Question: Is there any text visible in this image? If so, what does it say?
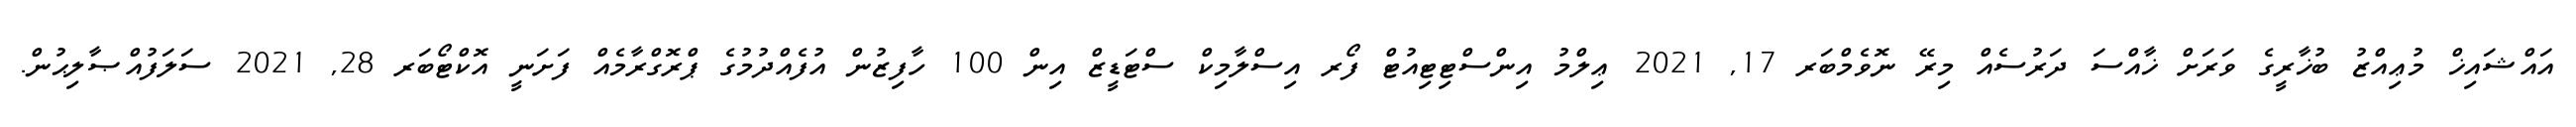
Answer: އައްޝައިޚް މުޢިއްޒު ބުޚާރީގެ ވަރަށް ޚާއްސަ ދަރުސެއް މިރޭ ނޮވެމްބަރ 17, 2021 ޢިލްމު އިންސްޓިޓިއުޓް ފޯރ އިސްލާމިކް ސްޓަޑީޒް އިން 100 ހާފިޒުން އުފެއްދުމުގެ ޕްރޮގްރާމެއް ފަށަނީ އޮކްޓޯބަރ 28, 2021 ސަލަފުއްޞާލިޙުން.